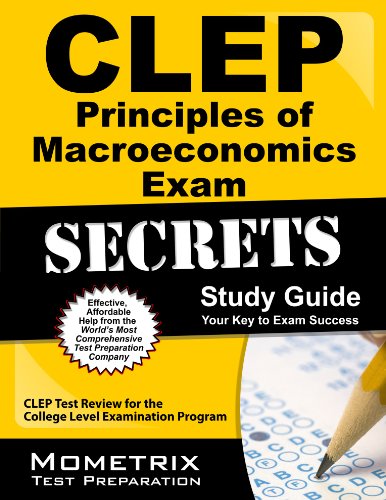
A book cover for CLEP Principles of Macroeconomics Exam Secrets Study Guide: CLEP Test Review for the College Level Examination Program; CLEP Exam Secrets Test Prep Team; Test Preparation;